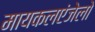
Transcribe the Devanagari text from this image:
मायकलएंजेलो